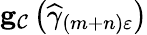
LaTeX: \mathbf{g}_{\mathcal{C}}\left(\widehat{\gamma}_{\left(m+n\right)\varepsilon}\right)